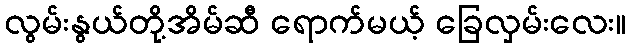
လွမ်းနွယ်တို့အိမ်ဆီ ရောက်မယ့် ခြေလှမ်းလေး။